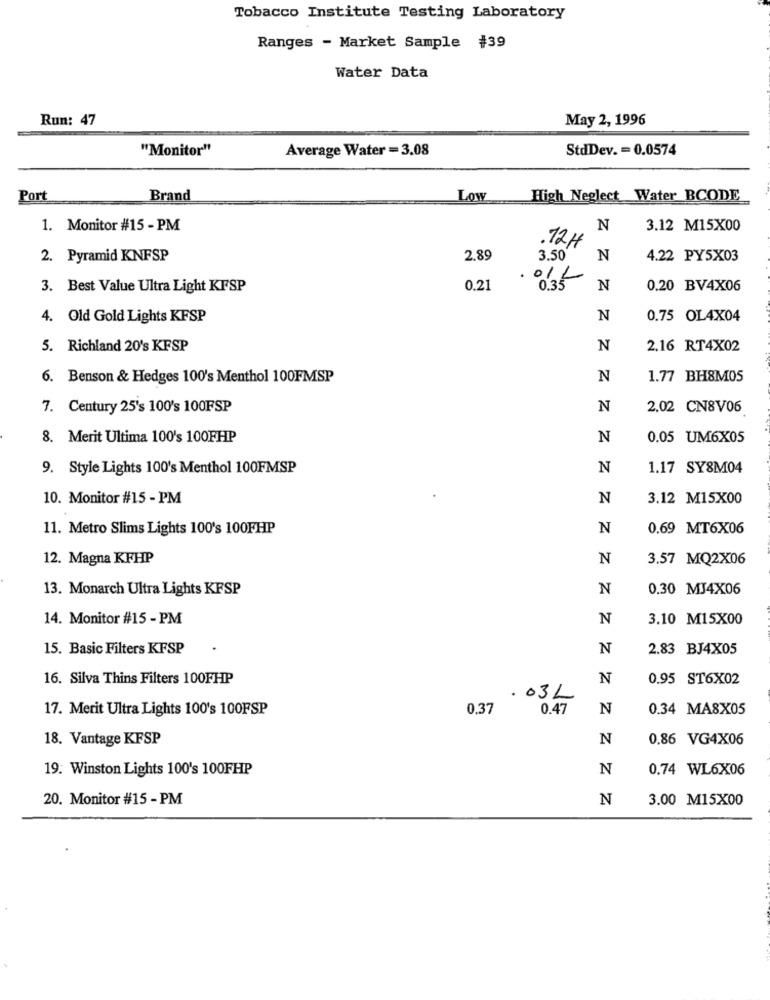
Tobacco Institute Testing Laboratory
Ranges - Market Sample #39
Water Data
Run: 47
May 2, 1996
"Monitor"
Average Water = 3.08
StdDev. = 0.0574
Port
Brand
Low
High Neglect Water BCODE
1. Monitor #15 - PM
N
3.12 M15X00
.12H
2. Pyramid KNFSP
2,89
3.50
N
4.22 PY5X03
3. Best Value Ultra Light KFSP
0.21
0.35
N
0.20 BV4X06
4. Old Gold Lights KFSP
N
0.75 OL4X04
5. Richland 20's KFSP
N
2.16 RT4X02
6. Benson & Hedges 100's Menthol 100FMSP
N
1.77 BH8M05
7. Century 25's 100's 100FSP
N
2.02 CN8V06
8. Merit Ultima 100's 100FHP
N
0.05 UM6X05
9. Style Lights 100's Menthol 100FMSP
N
1.17 SY8M04
10. Monitor #15 - PM
N
3.12 M15X00
11. Metro Slims Lights 100's 100FHP
N
0.69 MT6X06
12. Magna KFHP
N
3.57 MQ2X06
13. Monarch Ultra Lights KFSP
N
0.30 MJ4X06
14. Monitor #15 - PM
N
3.10 M15X00
15. Basic Filters KFSP
N
2.83 BJ4X05
16. Silva Thins Filters 100FHP
N
0.95 ST6X02
.03L
17. Merit Ultra Lights 100's 100FSP
0.37
0.47
N
0.34 MA8X05
18. Vantage KFSP
N
0.86 VG4X06
19. Winston Lights 100's 100FHP
N
0.74 WL6X06
20. Monitor #15 - PM
N
3.00 M15X00